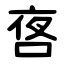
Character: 㖱